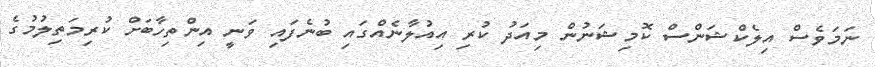
ނަމަވެސް އިލެކްޝަންސް ކޮމިޝަނުން މިއަދު ކުރި އިއުލާނެއްގައި ބުނެފައި ވަނީ އިންތިހާބަށް ކުރިމަތިލުމުގެ